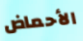
الأحماض